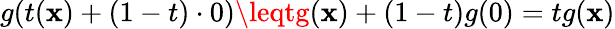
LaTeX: g(t(\mathbf{x})+(1-t)\cdot0)\leqtg(\mathbf{x})+(1-t)g(0)=tg(\mathbf{x})